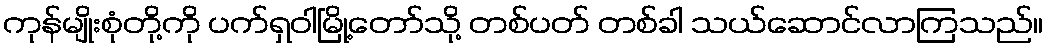
ကုန်မျိုးစုံတို့ကို ပက်ရှဝါမြို့တော်သို့ တစ်ပတ် တစ်ခါ သယ်ဆောင်လာကြသည်။